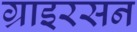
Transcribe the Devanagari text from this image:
ग्राइरसन